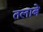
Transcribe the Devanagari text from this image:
तलाबे